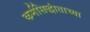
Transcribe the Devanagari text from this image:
कर्मसिद्धांताच्या